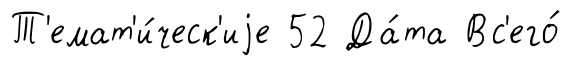
Т'емат'и́ческ'иjе 52 Да́та Вс'его́